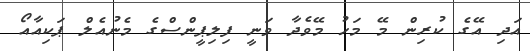
އަދި އޭގެ ކުރިން މޭ މަހު މޭވެދާ ވަނީ ފިލިޕީންސްގެ މެނުއެލް ޕަކިއާއޯ